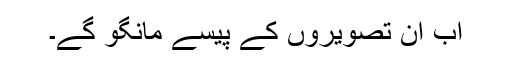
اب ان تصویروں کے پیسے مانگو گے۔